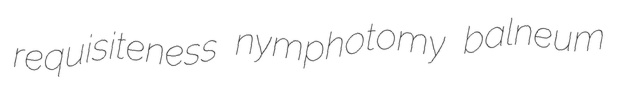
requisiteness nymphotomy balneum